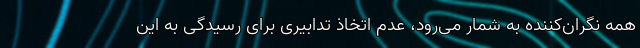
همه نگران‌کننده به شمار می‌رود، عدم اتخاذ تدابیری برای رسیدگی به این